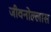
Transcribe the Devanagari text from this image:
जीवनोल्लास